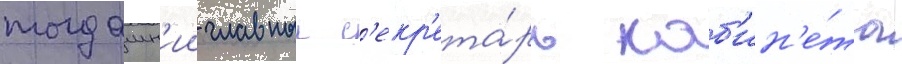
тогдашн'ии главныи с'екр'ета́рь каб'ин'е́та